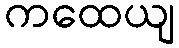
ကထေယျ